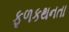
ફળકથનતા